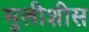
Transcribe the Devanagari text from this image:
मुलीशीस